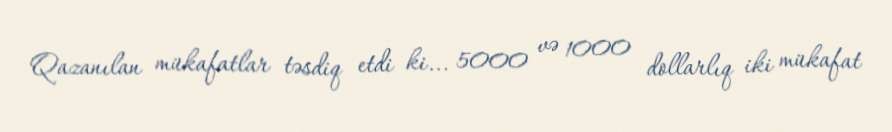
Qazanılan mükafatlar təsdiq etdi ki... 5000 və 1000 dollarlıq iki mükafat